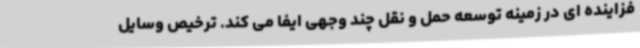
فزاینده ای در زمینه توسعه حمل و نقل چند وجهی ایفا می کند. ترخیص وسایل